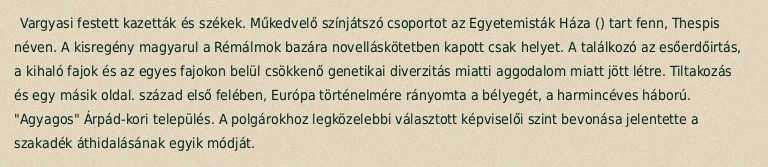
Vargyasi festett kazetták és székek. Műkedvelő színjátszó csoportot az Egyetemisták Háza () tart fenn, Thespis néven. A kisregény magyarul a Rémálmok bazára novelláskötetben kapott csak helyet. A találkozó az esőerdőirtás, a kihaló fajok és az egyes fajokon belül csökkenő genetikai diverzitás miatti aggodalom miatt jött létre. Tiltakozás és egy másik oldal. század első felében, Európa történelmére rányomta a bélyegét, a harmincéves háború. "Agyagos" Árpád-kori település. A polgárokhoz legközelebbi választott képviselői szint bevonása jelentette a szakadék áthidalásának egyik módját.